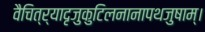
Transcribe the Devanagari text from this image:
वैचित्र्यादृजुकुटिलनानापथजुषाम्।